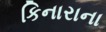
કિનારાના